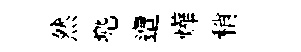
然兠遭燁稍